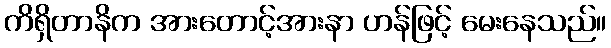
ကိရှိတာနိက အားတောင့်အားနာ ဟန်ဖြင့် မေးနေသည်။